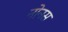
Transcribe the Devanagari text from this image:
नोनस